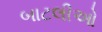
બાટલીઓ